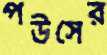
পউসের